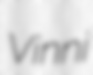
Vinni